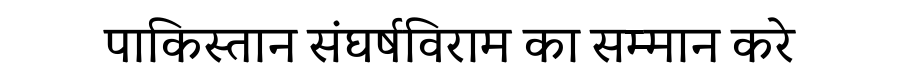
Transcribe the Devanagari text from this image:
पाकिस्तान संघर्षविराम का सम्मान करे